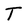
Character: T